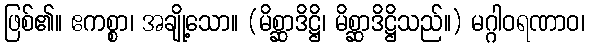
ဖြစ်၏။ ဧကစ္စာ၊ အချို့သော။ (မိစ္ဆာဒိဋ္ဌိ၊ မိစ္ဆာဒိဋ္ဌိသည်။) မဂ္ဂါဝရဏာဝ၊